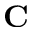
\mathbf { C }